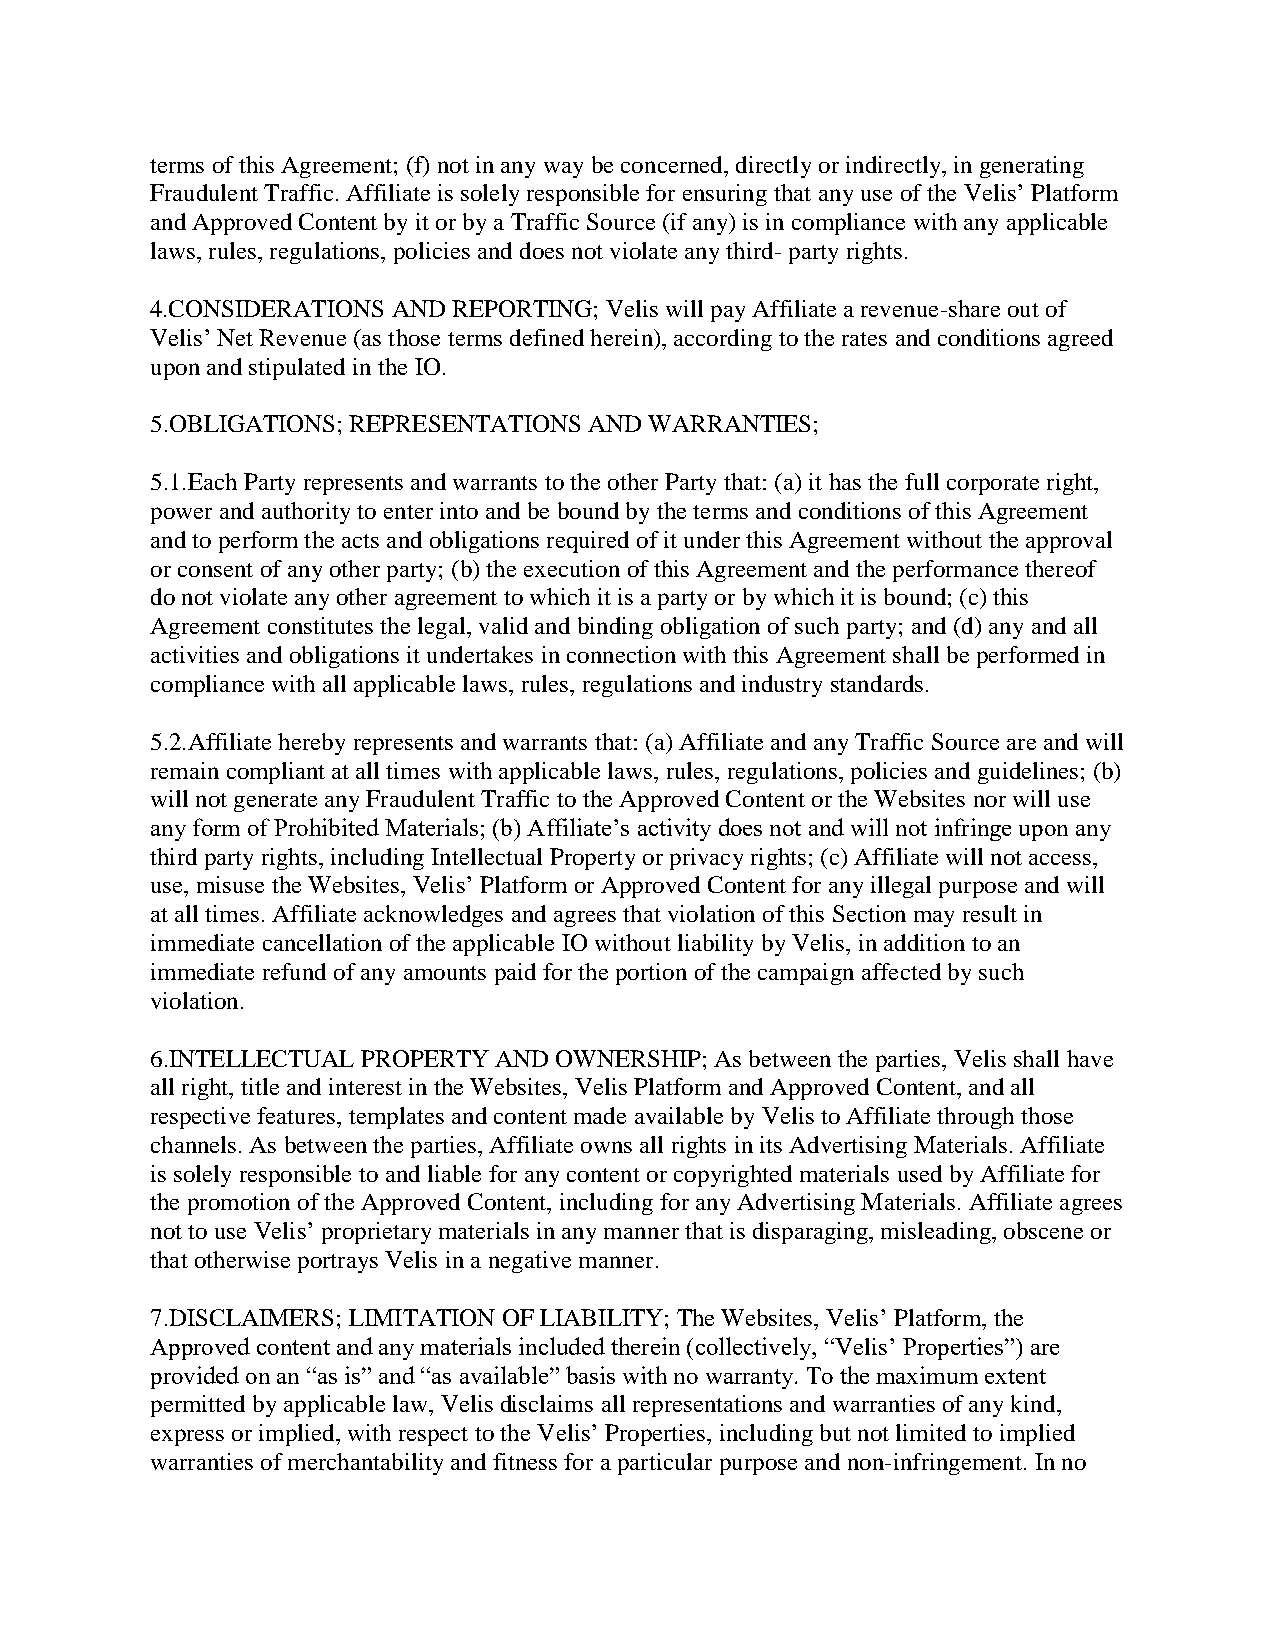
terms of this Agreement; (f) not in any way be concerned, directly or indirectly, in generating
 Fraudulent Traffic. Affiliate is solely responsible for ensuring that any use of the Velis’ Platform
 and Approved Content by it or by a Traffic Source (if any) is in compliance with any applicable
 laws, rules, regulations, policies and does not violate any third- party rights.
 4.CONSIDERATIONS AND REPORTING; Velis will pay Affiliate a revenue-share out of
 Velis’ Net Revenue (as those terms defined herein), according to the rates and conditions agreed
 upon and stipulated in the IO.
 5.OBLIGATIONS; REPRESENTATIONS AND WARRANTIES;
 5.1.Each Party represents and warrants to the other Party that: (a) it has the full corporate right,
 power and authority to enter into and be bound by the terms and conditions of this Agreement
 and to perform the acts and obligations required of it under this Agreement without the approval
 or consent of any other party; (b) the execution of this Agreement and the performance thereof
 do not violate any other agreement to which it is a party or by which it is bound; (c) this
 Agreement constitutes the legal, valid and binding obligation of such party; and (d) any and all
 activities and obligations it undertakes in connection with this Agreement shall be performed in
 compliance with all applicable laws, rules, regulations and industry standards.
 5.2.Affiliate hereby represents and warrants that: (a) Affiliate and any Traffic Source are and will
 remain compliant at all times with applicable laws, rules, regulations, policies and guidelines; (b)
 will not generate any Fraudulent Traffic to the Approved Content or the Websites nor will use
 any form of Prohibited Materials; (b) Affiliate’s activity does not and will not infringe upon any
 third party rights, including Intellectual Property or privacy rights; (c) Affiliate will not access,
 use, misuse the Websites, Velis’ Platform or Approved Content for any illegal purpose and will
 at all times. Affiliate acknowledges and agrees that violation of this Section may result in
 immediate cancellation of the applicable IO without liability by Velis, in addition to an
 immediate refund of any amounts paid for the portion of the campaign affected by such
 violation.
 6.INTELLECTUAL PROPERTY AND OWNERSHIP; As between the parties, Velis shall have
 all right, title and interest in the Websites, Velis Platform and Approved Content, and all
 respective features, templates and content made available by Velis to Affiliate through those
 channels. As between the parties, Affiliate owns all rights in its Advertising Materials. Affiliate
 is solely responsible to and liable for any content or copyrighted materials used by Affiliate for
 the promotion of the Approved Content, including for any Advertising Materials. Affiliate agrees
 not to use Velis’ proprietary materials in any manner that is disparaging, misleading, obscene or
 that otherwise portrays Velis in a negative manner.
 7.DISCLAIMERS; LIMITATION OF LIABILITY; The Websites, Velis’ Platform, the
 Approved content and any materials included therein (collectively, “Velis’ Properties”) are
 provided on an “as is” and “as available” basis with no warranty. To the maximum extent
 permitted by applicable law, Velis disclaims all representations and warranties of any kind,
 express or implied, with respect to the Velis’ Properties, including but not limited to implied
 warranties of merchantability and fitness for a particular purpose and non-infringement. In no